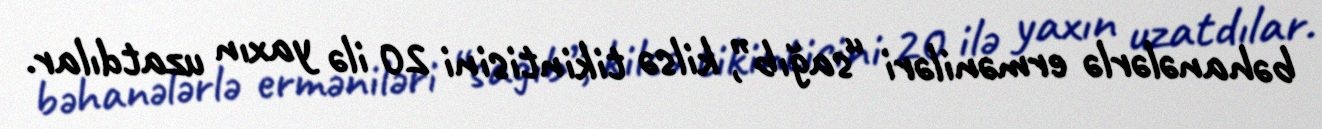
bəhanələrlə erməniləri “sağıb”, kilsə tikintisini 20 ilə yaxın uzatdılar.